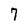
Character: 7